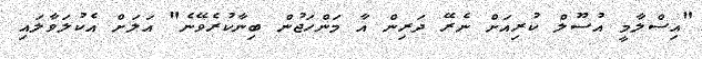
"އިސްލާމީ އުސޫލް ކުރިއަށް ނެރޭ ދަރިން އާ މަންހަޖުން ބިނާކުރެވޭނެ" އަލަށް އެކުލަވާލައި